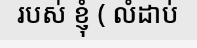
របស់ ខ្ញុំ ( លំដាប់